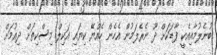
ބުނެލުމާއިއެކީ ފާޑަކަށް ދޫ ނެރެލަމުން އެހެން ހެއްޔޭ ކިޔައި އަކިލް މިސްކިތަށް ދިއުމަށް